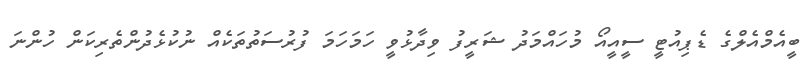
ބީއެމްއެލްގެ ޑެޕިއުޓީ ސީއީއޯ މުހައްމަދު ޝަރީފު ވިދާޅުވީ ހަމަހަމަ ފުރުސަތުތަކެއް ނުކުޅެދުންތެރިކަން ހުންނަ